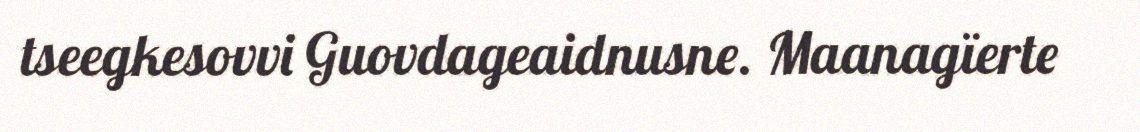
tseegkesovvi Guovdageaidnusne. Maanagïerte